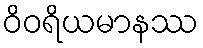
ဝိဝရိယမာနဿ